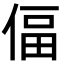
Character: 偪